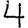
Digit: 4